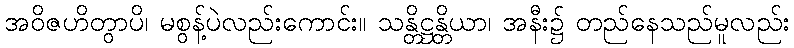
အဝိဇဟိတွာပိ၊ မစွန့်ပဲလည်းကောင်း။ သန္တိဋ္ဌန္တိယာ၊ အနီး၌ တည်နေသည်မူလည်း